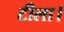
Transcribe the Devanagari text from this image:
टीला।